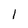
Character: 1